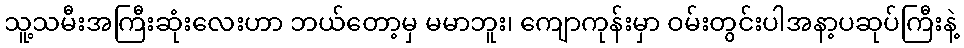
သူ့သမီးအကြီးဆုံးလေးဟာ ဘယ်တော့မှ မမာဘူး၊ ကျောကုန်းမှာ ဝမ်းတွင်းပါအနာ့ပဆုပ်ကြီးနဲ့